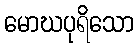
မောဃပုရိသော